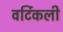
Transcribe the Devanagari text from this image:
वर्टिकली